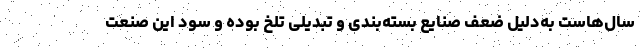
سال‌هاست به‌دلیل ضعف صنایع بسته‌بندی و تبدیلی تلخ بوده و سود این صنعت